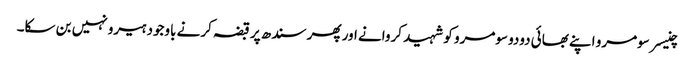
چنیسر سومرو اپنے بھائی دودو سومرو کو شہید کروانے اور پھر سندھ پر قبضہ کرنے باوجود ہیرو نہیں بن سکا۔